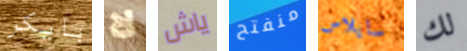
بايكر لا ياش منفتح سايلاس لك